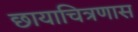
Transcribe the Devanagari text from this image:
छायाचित्रणास